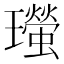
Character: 𤫁